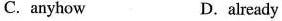
C.anyhow D.already